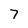
Character: 7